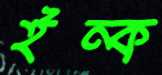
ইন্ক